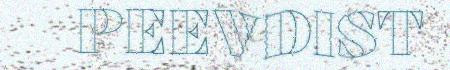
PEEVDIST